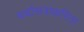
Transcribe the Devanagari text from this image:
चर्चासत्रांकरिता